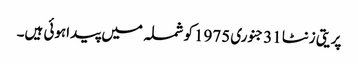
پریتی زنٹا 31جنوری 1975کوشملہ میں پیداہوئی ہیں۔